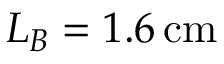
L _ { B } = 1 . 6 \, \mathrm { c m }